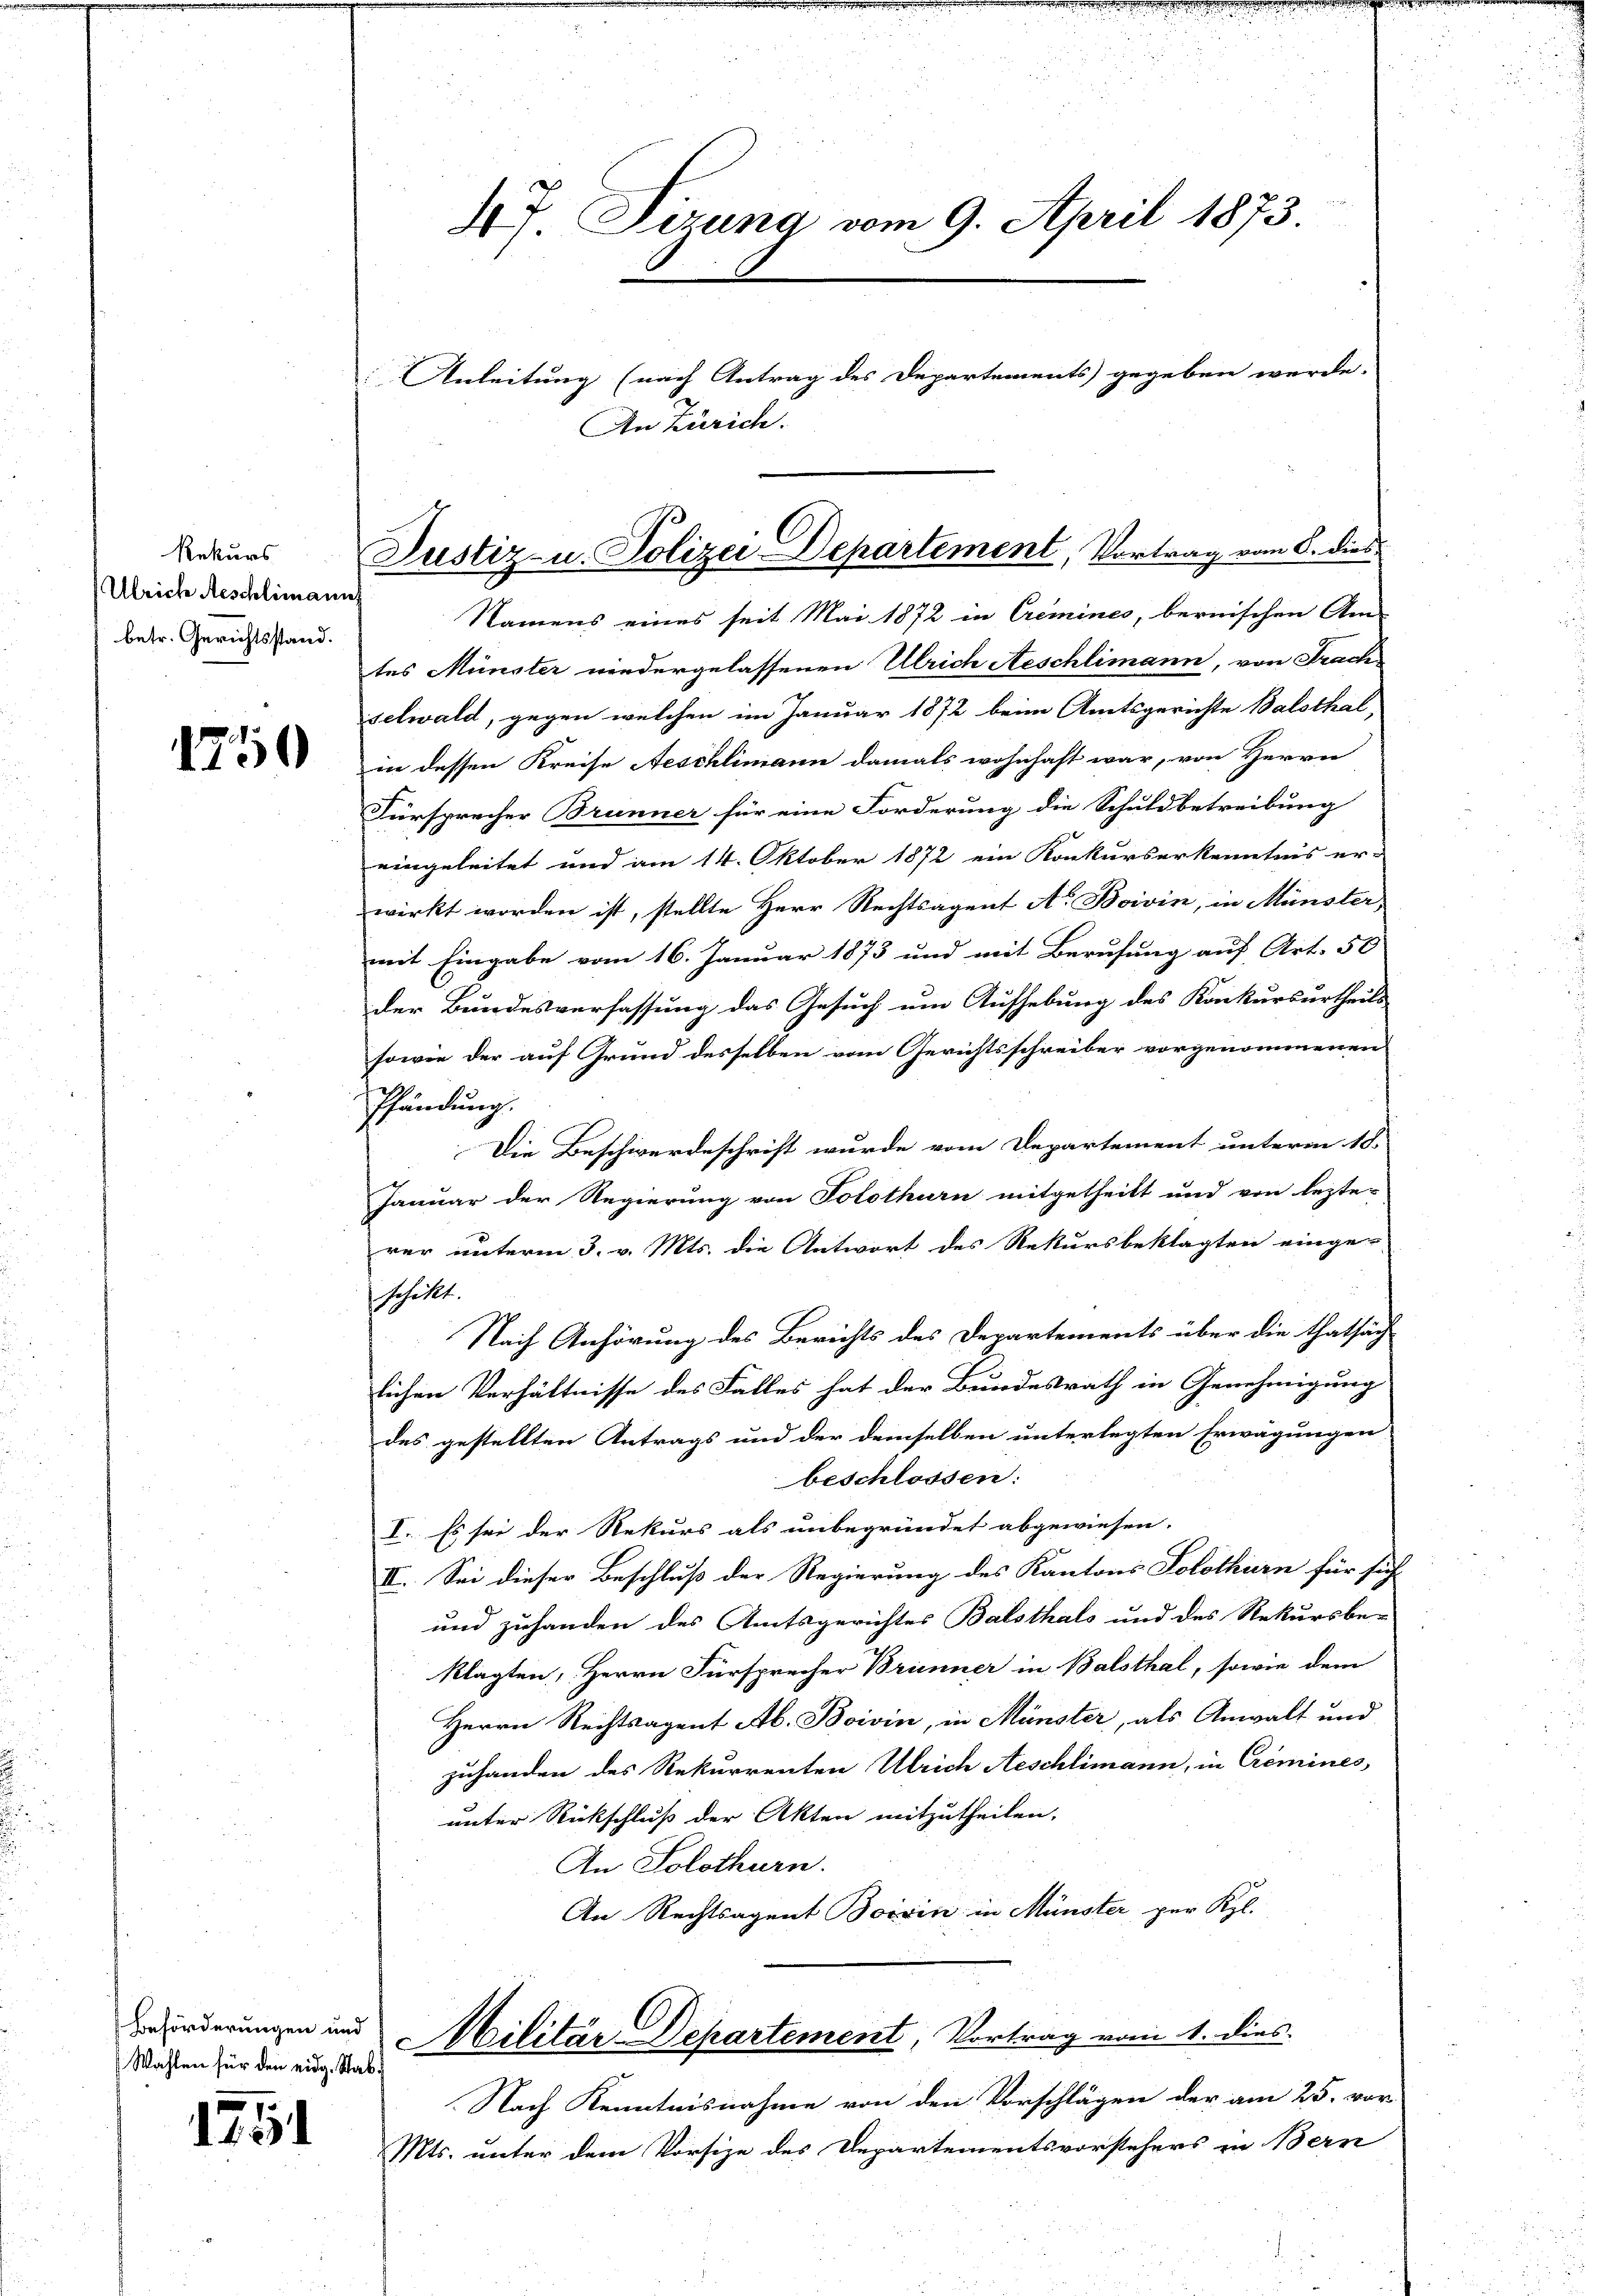
Rekurs
Ulrich Aeschlimann
betr. Gerichtsstand.

1750

Beförderungen und
Wahlen für den eidg. Stab.
7

d. 123.

47 Tizung vom 9. April 1873.
Anleitung (nach Antrag des Departements gegeben werde.
An Zürich.

Namens eines seit Mai 1872 in Cremines, bernischen Am-
tes Münster niedergelassenen Ulrich Aeschlimann, von Frach
selwald, gegen welchen im Januar 1872 beim Amtsgerichte Balsthal,
in dessen Kreise Aeschlimann damals wohnhaft war, von Herrn
Fürsprecher Brunner für eine Forderung die Schuldbetreibung
eingeleitet und am 14. Oktober 1872 ein Konkurserkenntnis er-
wirkt worden ist, stellte Herr Rechtsagent A. Boivin, in Münster,
mit Eingabe vom 16. Januar 1873 und mit Berufung auf Art. 50
der Bundesverfassung das Gesuch um Aufhebung des Konkursurtheils
sowie der auf Grund desselben vom Gerichtsschreiber vorgenommenen
Pfändung.
Die Beschwerdeschrift wurde vom Departement unterm 18.
Januar der Regierung von Solothurn mitgetheilt und von lezte-
rer unterm 3. v. Mts. die Antwort des Rekursbeklagten einge-
stheilt.
Nach Anhörung des Berichts des Departements über die thatsäch
lichen Verhältnisse des Falles hat der Bundesrath in Genehmigung
des gestellten Antrags und der demselben unterlegten Erwägungen
beschlossen:
I. Es sei der Rekurs als unbegründet abgewiesen.
II. Sei dieser Beschluß der Regierung des Kantons Solothurn für sich
und zuhanden des Amtsgerichtes Balsthals und des Rekursbe-
klagten, Herrn Fürsprecher Brünner in Balsthal, sowie dem
Herrn Rechtsagent Ab. Boivin, in Münster, als Anwalt und
zuhanden des Rekurrenten Ulrich Aeschlimann, in Cremines
unter Rückschluß der Akten mitzutheilen.
An Solothurn.
An Rechtsagent Boisin in Münster per Kgl.
Militär-Departement Vortrag vom 1. dies
Nach Kenntnisnahme von den Vorschlägen der am 25. vor
Mts. unter dem Vorsize des Departementsvorstehers in Bern

Justiz- u. Polizei Departement, Vortrag vom 6. dies